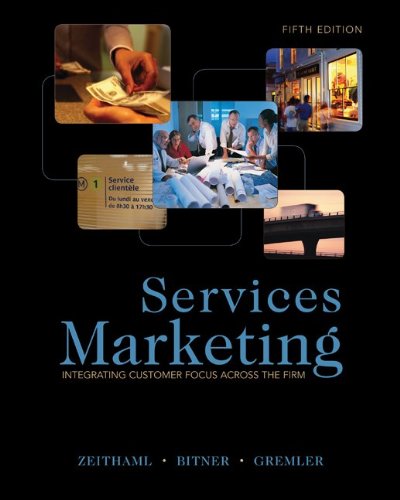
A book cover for Services Marketing (5th Edition); Valarie A. Zeithaml; Business & Money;